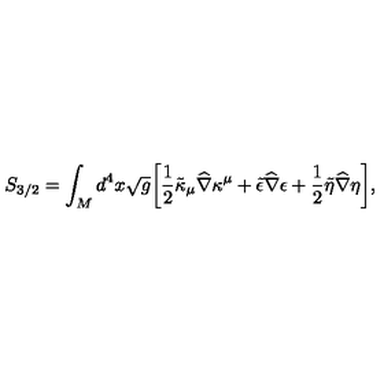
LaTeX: S _ { 3 / 2 } = \int _ { M } d ^ { 4 } x \sqrt { g } \biggr [ { \frac { 1 } { 2 } } \tilde { \kappa } _ { \mu } { \widehat \nabla } \kappa ^ { \mu } + \tilde { \epsilon } { \widehat \nabla } \epsilon + { \frac { 1 } { 2 } } \tilde { \eta } { \widehat \nabla } \eta \biggr ] ,